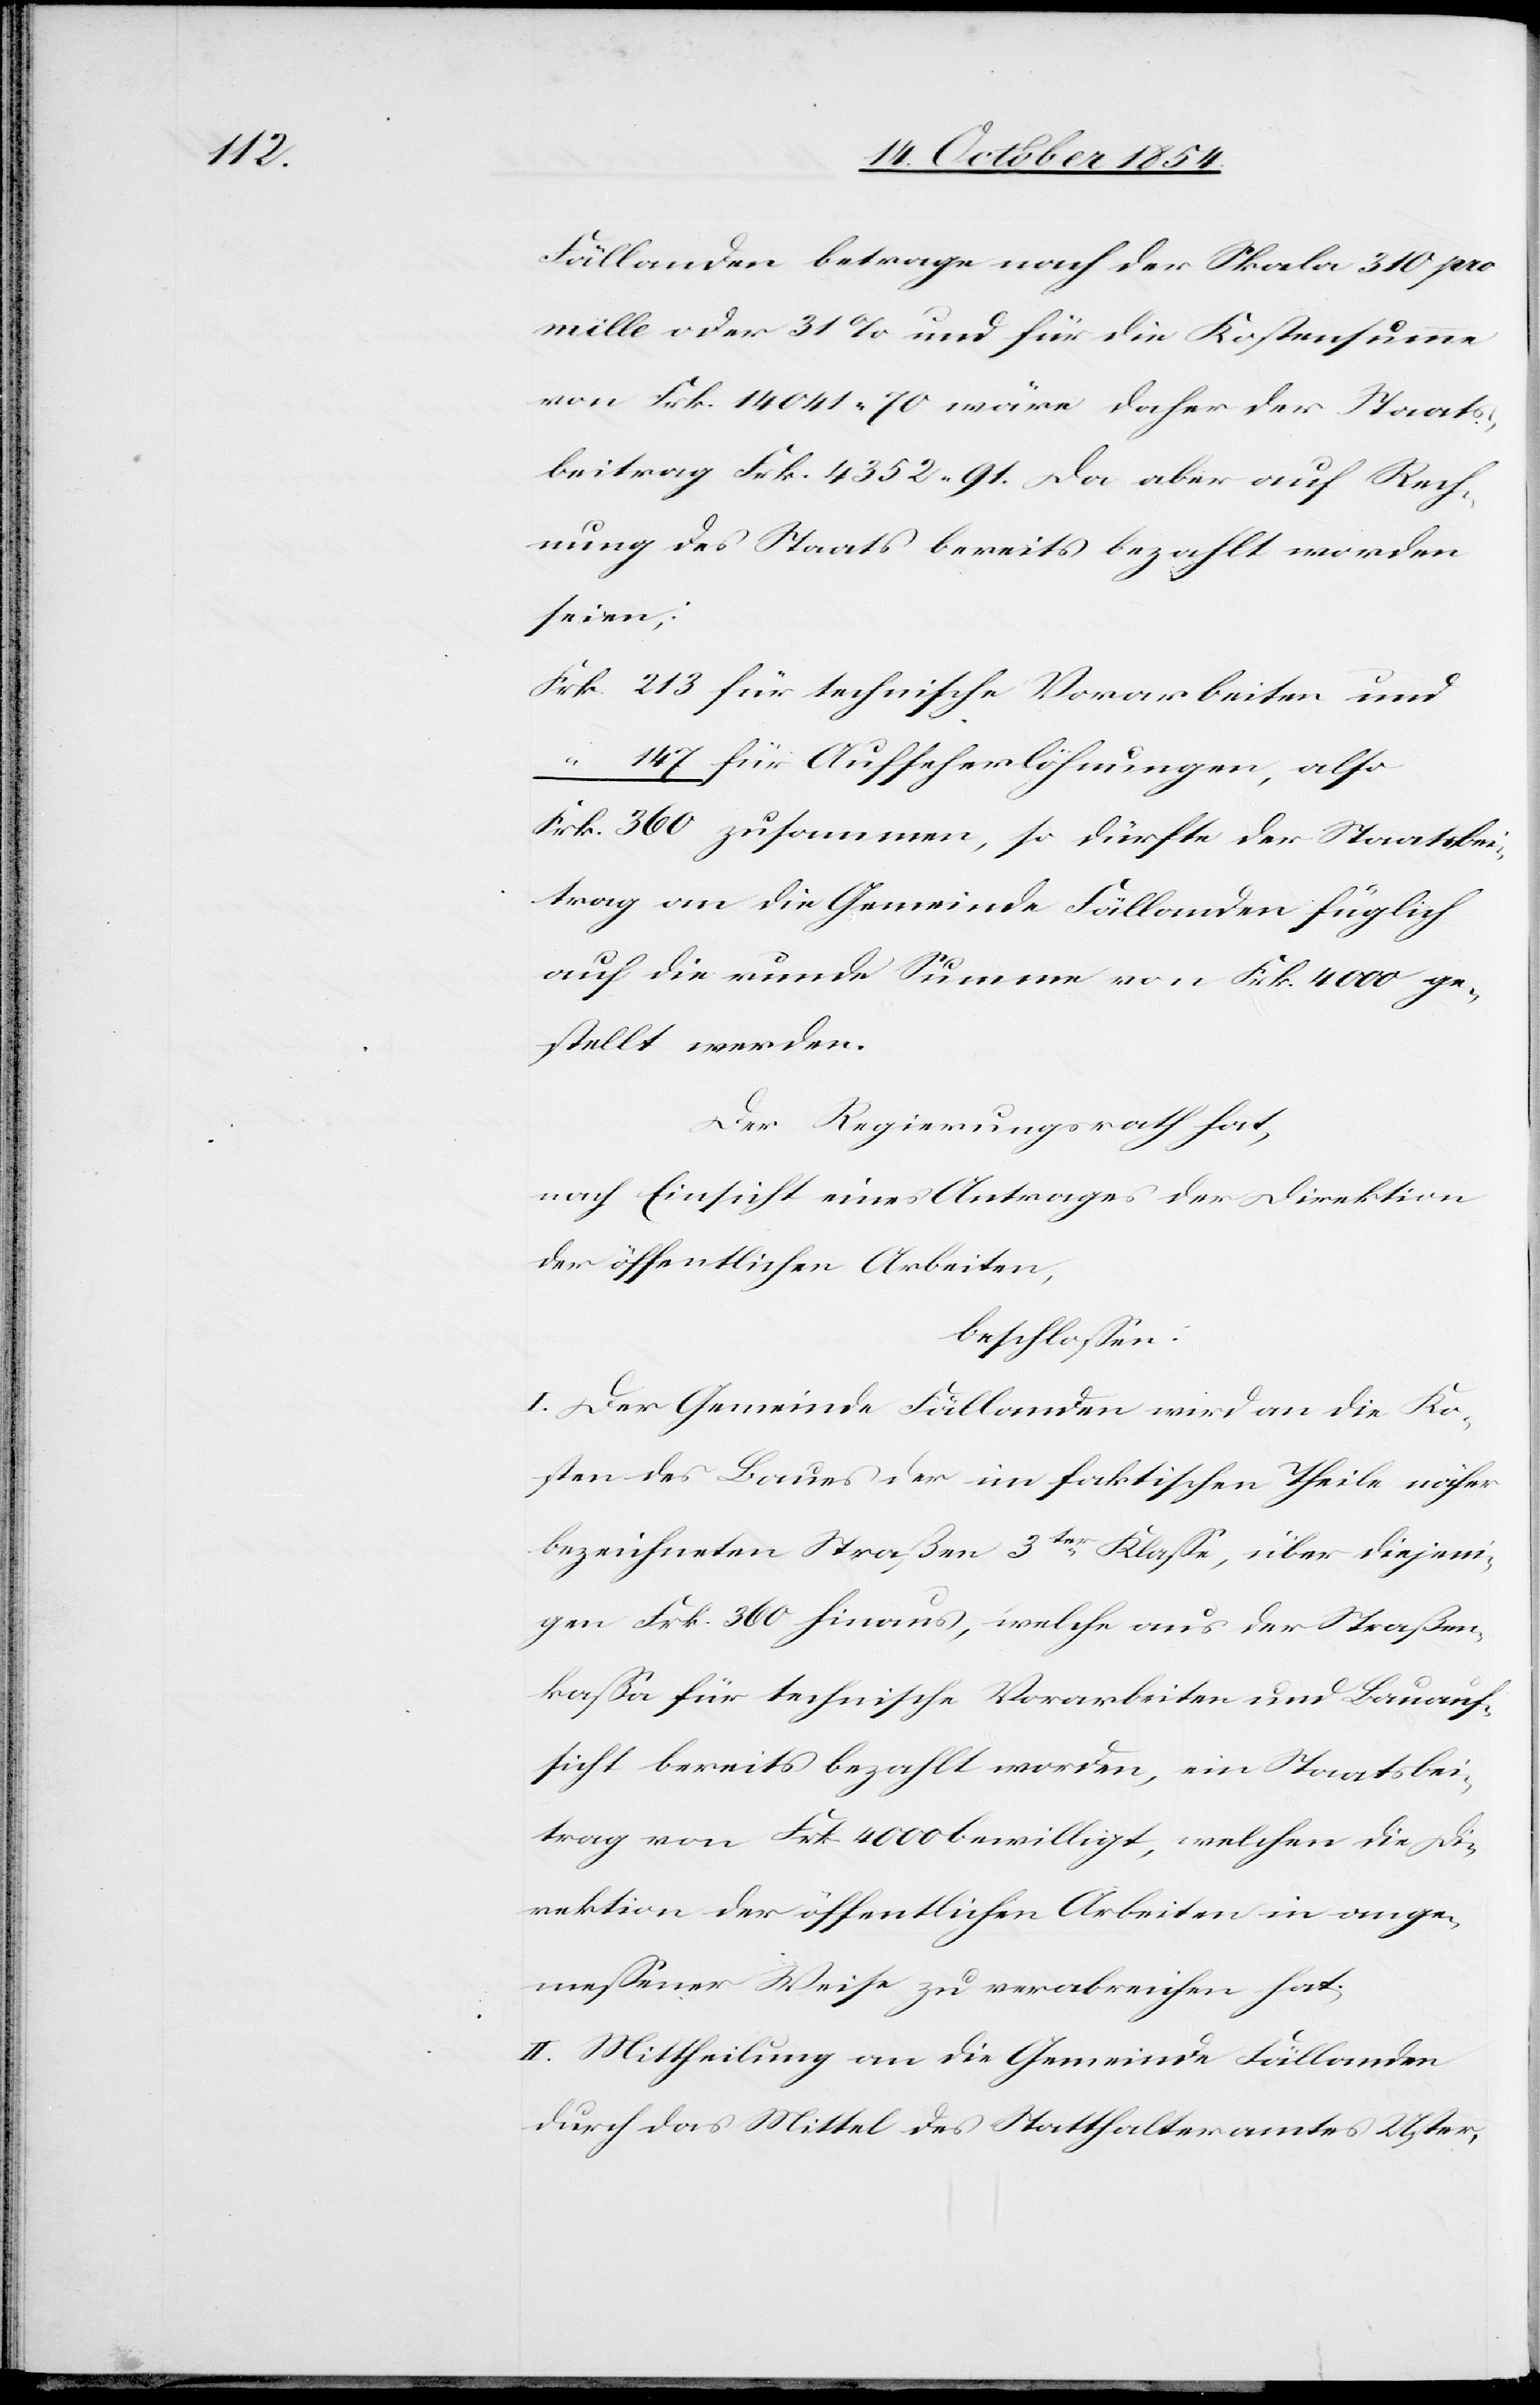
tsbei¬

Fällanden betrage nach der Skala 310 pro
mille oder 31% und für die Kostensumme
von Frk. 14 041 “ 70 wäre daher der Staats¬
beitrag Frk. 4352 “ 91. Da aber auf Rech¬
nung des Staats bereits bezahlt worden
seien:
für Aufseherlöhnungen, also
trag an die Gemeinde Fällanden füglich
gestellt werden.
Der Regierungsrath hat,
nach Einsicht eines Antrages der Direktion
der öffentlichen Arbeiten,
so
beschloßen:
I. Der Gemeinde Fällanden wird an die Ko¬
sten des Baues der im faktischen Theile näher
bezeichneten Straßen 3ter Klaße, über diejeni¬
gen Frk. 360 hinaus, welche aus der Straßen¬
kaßa für technische Vorarbeiten und Bauauf¬
sicht bereits bezahlt worden, ein Staatsbei¬
trag von Frk. 4000 bewilligt, welchen die Di¬
rektion der öffentlichen Arbeiten in ange¬
meßener Weise zu verabreichen hat.
II. Mittheilung an die Gemeinde Fällanden
durch das Mittel des Statthalteramtes Uster,